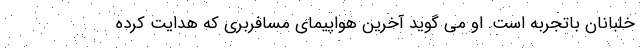
خلبانان باتجربه است. او می گوید آخرین هواپیمای مسافربری که هدایت کرده